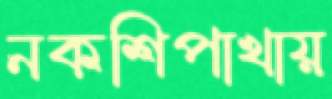
নকশিপাখায়